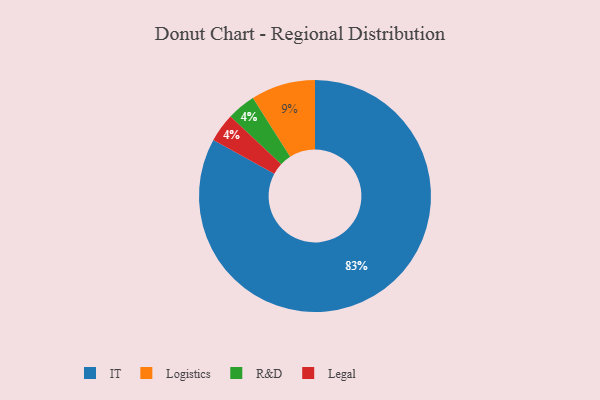
{"axis": {"x": "Category", "y": "Percentage"}, "legend": ["IT", "Legal", "Logistics", "R&D"], "data": [{"x": "Logistics", "y": 9, "type": "Logistics"}, {"x": "R&D", "y": 4, "type": "R&D"}, {"x": "Legal", "y": 4, "type": "Legal"}, {"x": "IT", "y": 83, "type": "IT"}]}